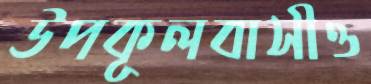
উপকূলবাসীও